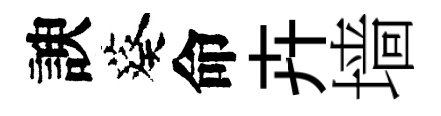
諛葵命卉墙